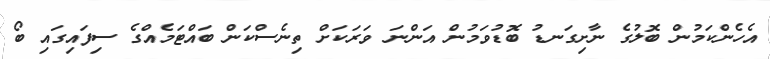
އެހެންކަމުން ބޮލުގެ ނާށިގަނޑު ބޮޑުވަމުން އަންނަ ވަރަކަށް ތިނެސްކަން ބައްޓަމެއްގެ ސިފައިގައި ބޯ